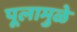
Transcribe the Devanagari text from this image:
पूलामुळे